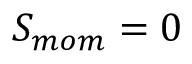
S _ { m o m } = 0